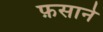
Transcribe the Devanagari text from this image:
फ़साने